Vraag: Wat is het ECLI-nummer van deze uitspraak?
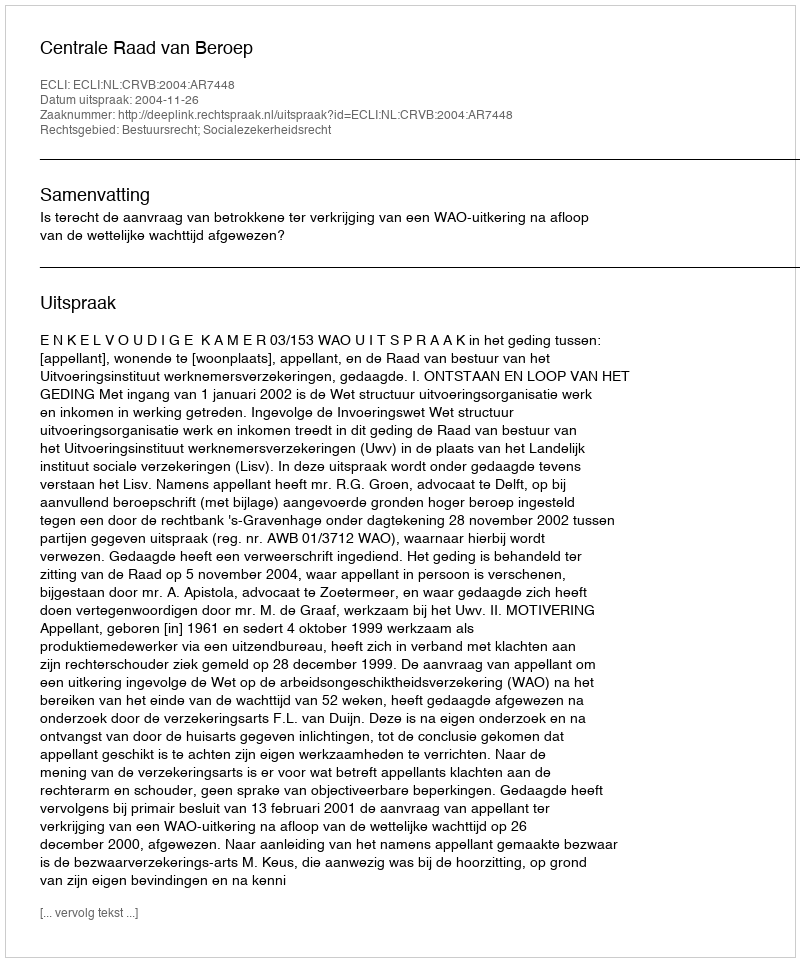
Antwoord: ECLI:NL:CRVB:2004:AR7448